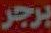
برجر